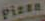
pizza